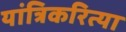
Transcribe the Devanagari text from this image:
यांत्रिकरित्या